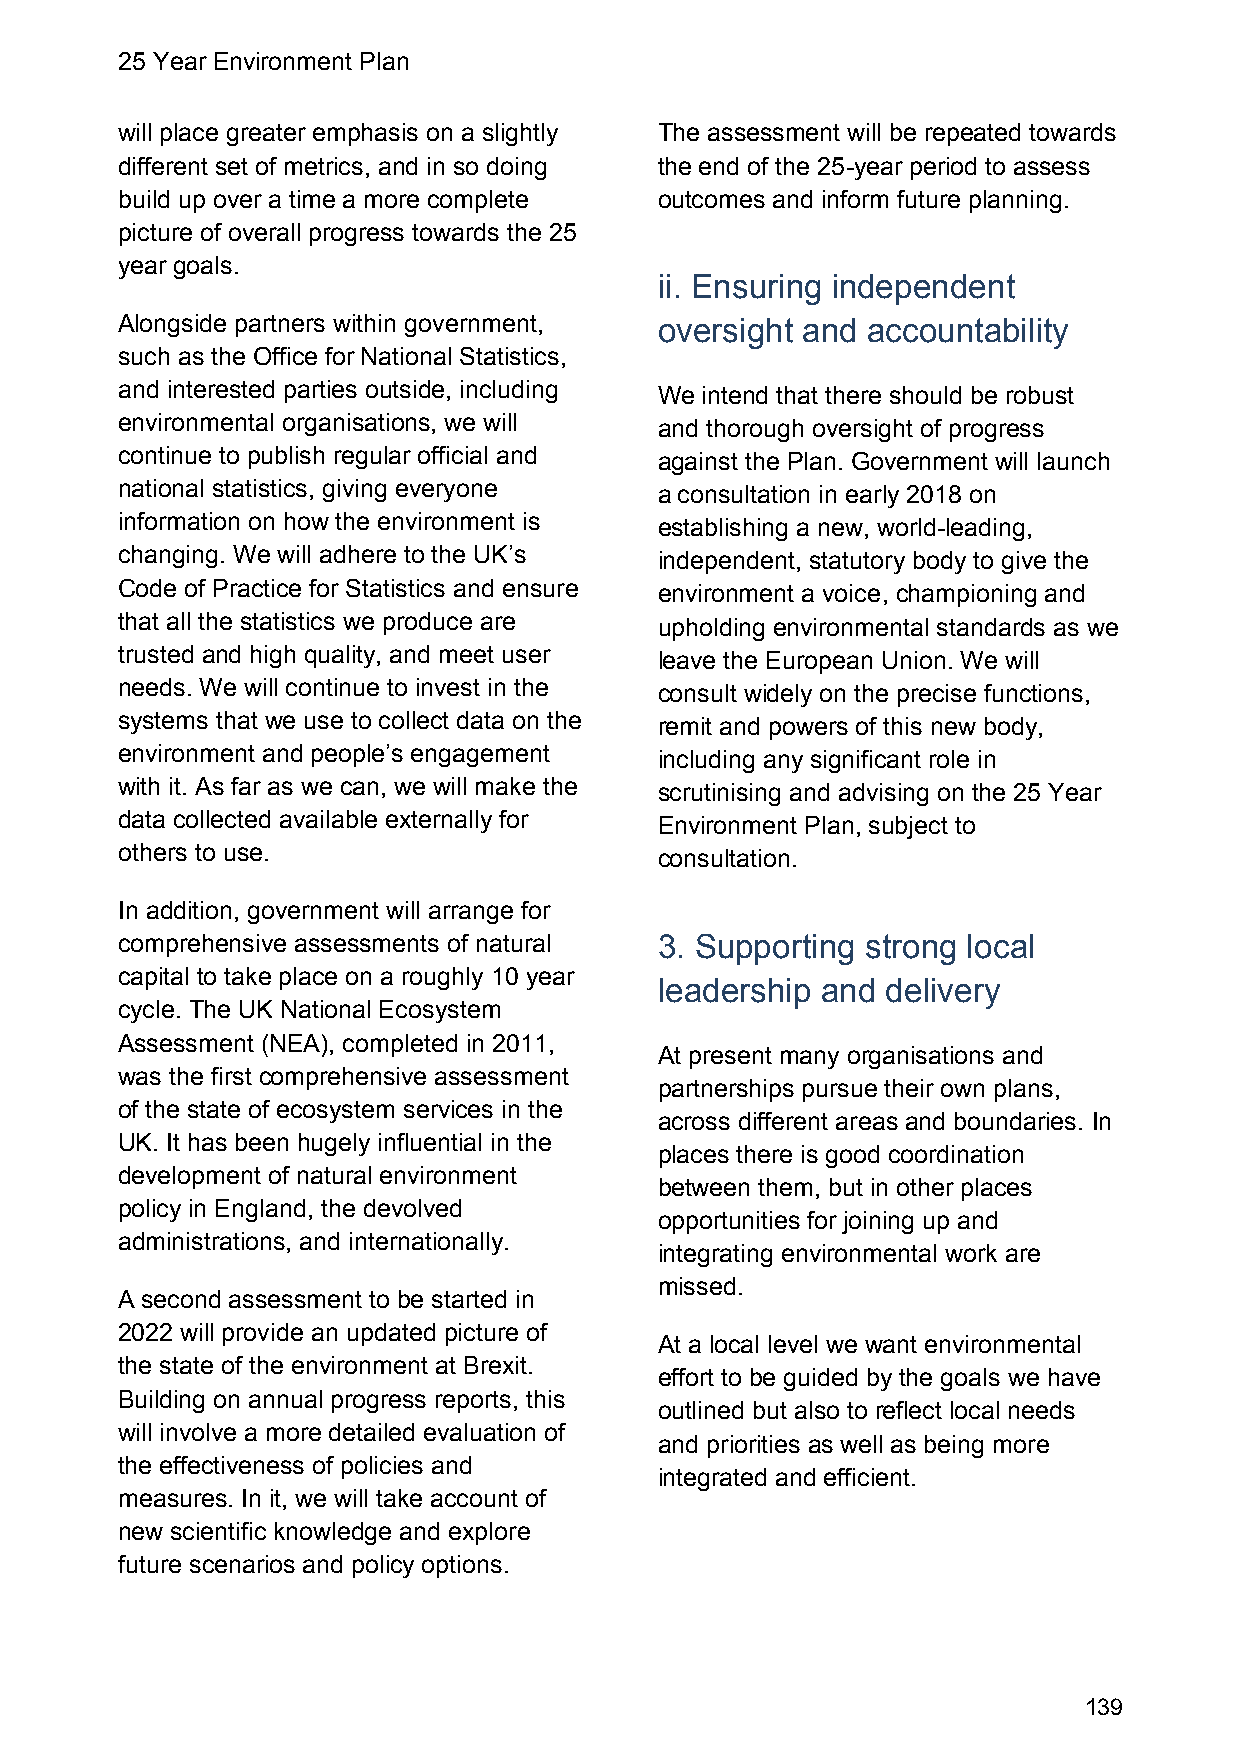
25 Year Environment Plan
 will place greater emphasis on a slightly The assessment will be repeated towards
 different set of metrics, and in so doing the end of the 25-year period to assess
 build up over a time a more complete outcomes and inform future planning.
 picture of overall progress towards the 25
 year goals.
 ii. Ensuring independent
 Alongside partners within government, oversight and accountability
 such as the Office for National Statistics,
 and interested parties outside, including We intend that there should be robust
 environmental organisations, we will and thorough oversight of progress
 continue to publish regular official and against the Plan. Government will launch
 national statistics, giving everyone a consultation in early 2018 on
 information on how the environment is establishing a new, world-leading,
 changing. We will adhere to the UK’s independent, statutory body to give the
 Code of Practice for Statistics and ensure environment a voice, championing and
 that all the statistics we produce are upholding environmental standards as we
 trusted and high quality, and meet user leave the European Union. We will
 needs. We will continue to invest in the consult widely on the precise functions,
 systems that we use to collect data on the remit and powers of this new body,
 environment and people’s engagement including any significant role in
 with it. As far as we can, we will make the scrutinising and advising on the 25 Year
 data collected available externally for Environment Plan, subject to
 others to use.                      consultation.
 In addition, government will arrange for
 comprehensive assessments of natural 3. Supporting strong local
 capital to take place on a roughly 10 year
 leadership and delivery
 cycle. The UK National Ecosystem
 Assessment (NEA), completed in 2011,
 At present many organisations and
 was the first comprehensive assessment
 partnerships pursue their own plans,
 of the state of ecosystem services in the
 across different areas and boundaries. In
 UK. It has been hugely influential in the
 places there is good coordination
 development of natural environment
 between them, but in other places
 policy in England, the devolved
 opportunities for joining up and
 administrations, and internationally.
 integrating environmental work are
 missed.
 A second assessment to be started in
 2022 will provide an updated picture of
 At a local level we want environmental
 the state of the environment at Brexit.
 effort to be guided by the goals we have
 Building on annual progress reports, this
 outlined but also to reflect local needs
 will involve a more detailed evaluation of
 and priorities as well as being more
 the effectiveness of policies and
 integrated and efficient.
 measures. In it, we will take account of
 new scientific knowledge and explore
 future scenarios and policy options.
 139